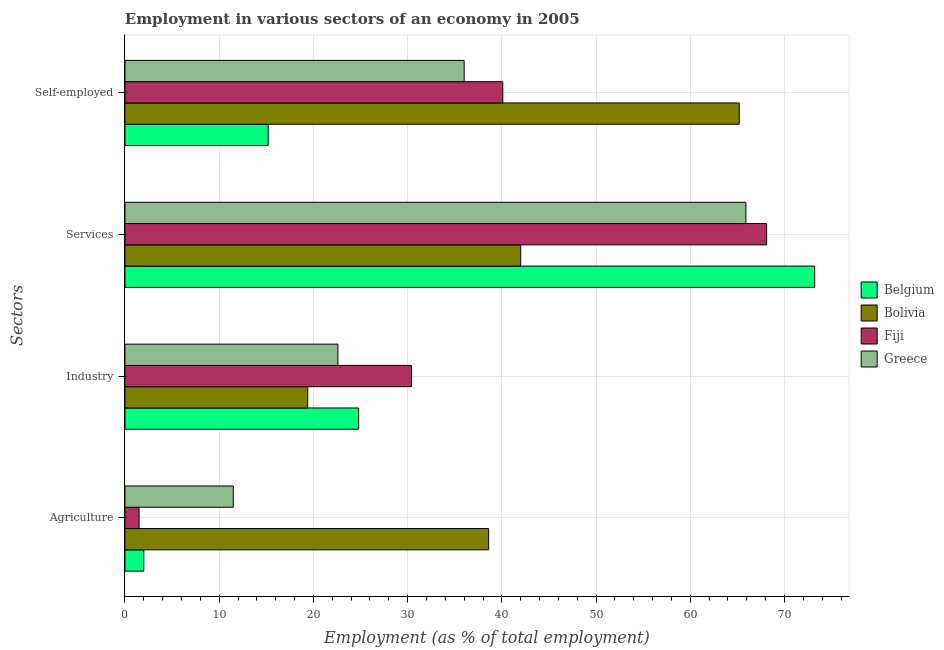
| Sectors | Belgium | Bolivia | Fiji | Greece |
 | --- | --- | --- | --- | --- |
 | Agriculture | 2 | 38.6 | 1.5 | 11.5 |
 | Industry | 24.8 | 19.4 | 30.4 | 22.6 |
 | Services | 73.2 | 42 | 68.1 | 65.9 |
 | Self-employed | 15.2 | 65.2 | 40.1 | 36 |